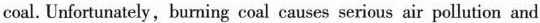
coal. Unfortunately,burning coal causes serious air pollution and